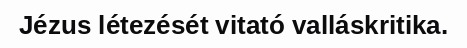
Jézus létezését vitató valláskritika.